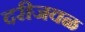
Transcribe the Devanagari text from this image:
दरीजवळ